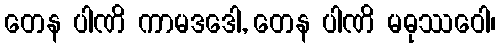
တေန ပါဏိ ကာမဒဒေါ, တေန ပါဏိ မဓုဿဝေါ၊